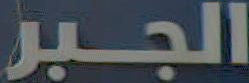
الجبر